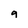
Character: 9